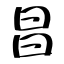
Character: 昌